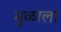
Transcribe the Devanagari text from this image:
मुळाला